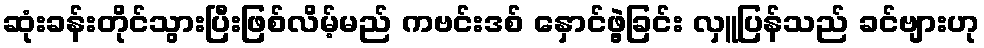
ဆုံးခန်းတိုင်သွားပြီးဖြစ်လိမ့်မည် ကဗင်းဒစ် နှောင်ဖွဲ့ခြင်း လှူပြန်သည် ခင်ဗျားဟု